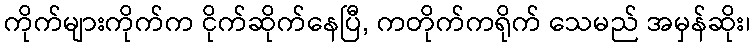
ကိုက်များကိုက်က ငိုက်ဆိုက်နေပြီ, ကတိုက်ကရိုက် သေမည် အမှန်ဆိုး၊